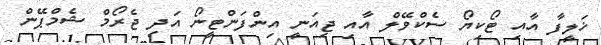
ޚަލީފާ އާއި ޓޯކިޔޯ ސެކްވޭލް އާއި ޖިއަނީ އިންފަންޓީނޯ އަދި ޖެރޯމް ޝެމްޕޭން